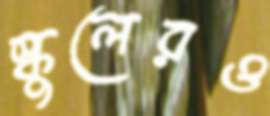
স্কুলেরও